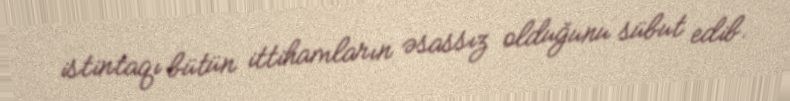
istintaqı bütün ittihamların əsassız olduğunu sübut edib.